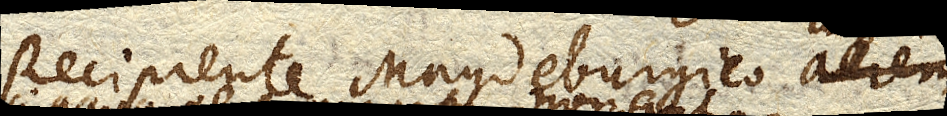
Recipiente Magdeburgico aere